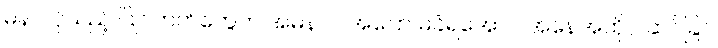
မနာလိုသည့် ပြိုင်ဘက်တွေက အမနာပ အပြော မခံရအောင် အနေအထိုင် ဆင်ခြင်